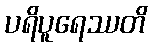
ပရိပူရေဿတိ